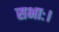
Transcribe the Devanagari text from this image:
सभाः।